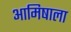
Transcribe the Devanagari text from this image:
आमिषाला